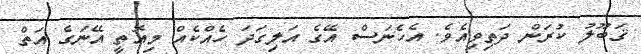
ޤަބޫލު ކުރަން ދަތިވިއެވެ. އެހެނަސް އޭގެ އަލިގަދަ ހެއްކެއް މިއޮތީ އޭނަގެ އަތް